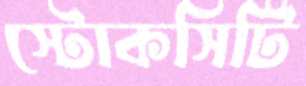
স্টোকসিটি